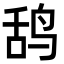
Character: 鸹